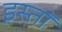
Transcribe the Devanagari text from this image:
इस्तॉ